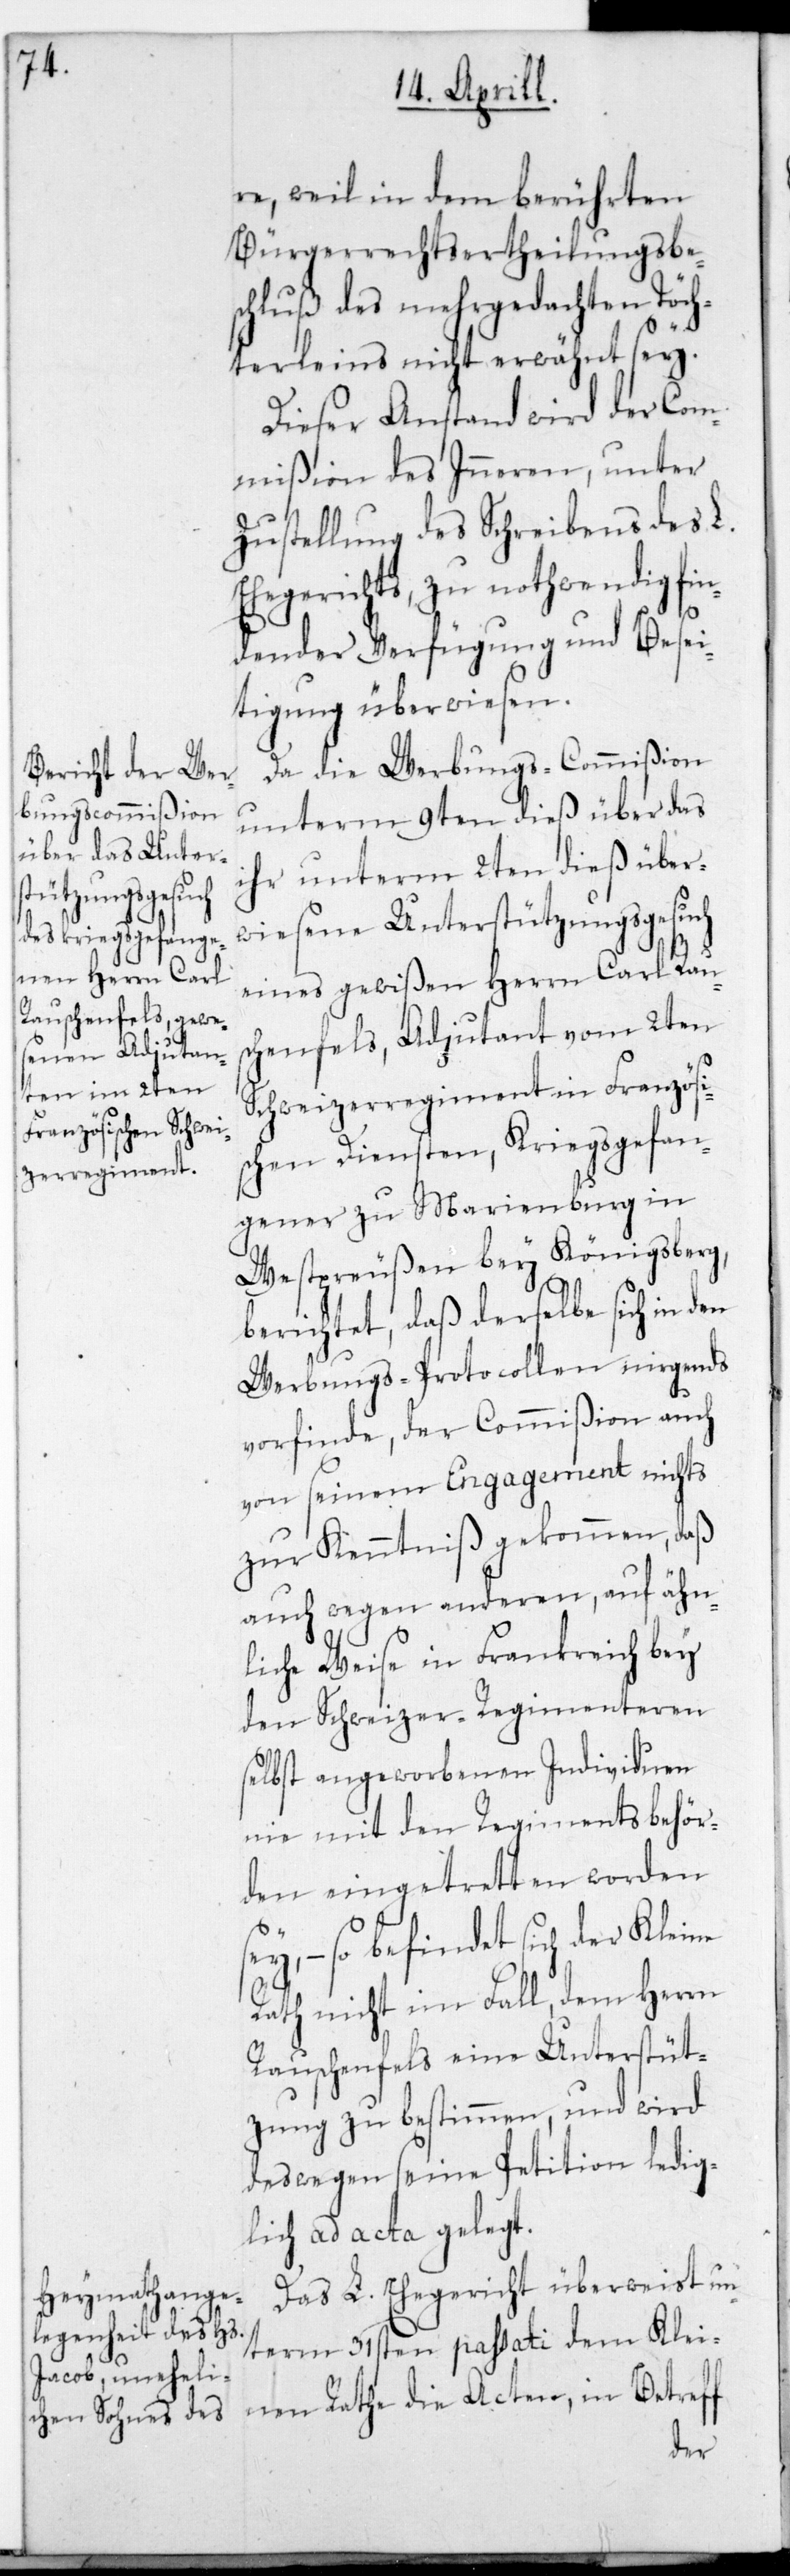
re, weil in dem berührten
Bürgerrechtsertheilungsbe¬
schluß des mehrgedachten Töch¬
terleins nicht erwähnt sey.
Dieser Anstand wird der Com¬
mißion des Inneren, unter
Zustellung des Schreibens des L.
Ehegerichts zu nothwendig fin¬
dender Verfügung und Besei¬
tigung überwiesen.
Da die Werbungscommißion
unterm 9ten dieß über das
ihr unterm 2ten dieß über¬
wiesene Unterstützungsgesuch
eines gewißen Herrn Carl Raus¬
chenfels, Adjudant vom 2ten
Schweizerregiment in Französis¬
chen Diensten, Kriegsgefan¬
gener zu Marienburg in
Westpreußen bey Königsberg,
berichtet, daß derselbe sich in den
Werbungs-Protocollen nirgends
vorfinde, der Commißion auch
von seinem Engagement nichts
zur Kenntniß gekommen, daß
auch wegen anderen, auf ähn¬
liche Weise in Frankreich bey
den Schweizer-Regimenteren
selbst angeworbenen Individuen
nie mit den Regimentsbehör¬
den eingetretten worden
– so befindet sich der Kleine
Rath nicht im Fall, dem Herrn
Rauschenfels eine Unterstüt¬
zung zu bestimmen, und wird
deßwegen seine Petition ledig¬
lich ad acta gelegt.
Das L. Ehegericht überweist un¬
term 31sten passati dem Klei¬
nen Rathe die Acten, in Betreff